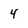
Character: 4